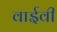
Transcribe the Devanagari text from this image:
वाईवी